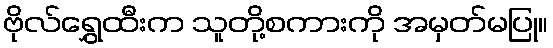
ဗိုလ်ရွှေထီးက သူတို့စကားကို အမှတ်မပြု။